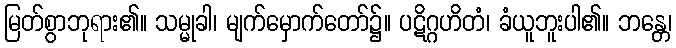
မြတ်စွာဘုရား၏။ သမ္မုခါ၊ မျက်မှောက်တော်၌။ ပဋိဂ္ဂဟိတံ၊ ခံယူဘူးပါ၏။ ဘန္တေ၊